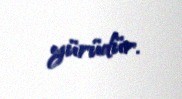
yürüdür.